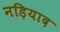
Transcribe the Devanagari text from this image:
नड़ियाद